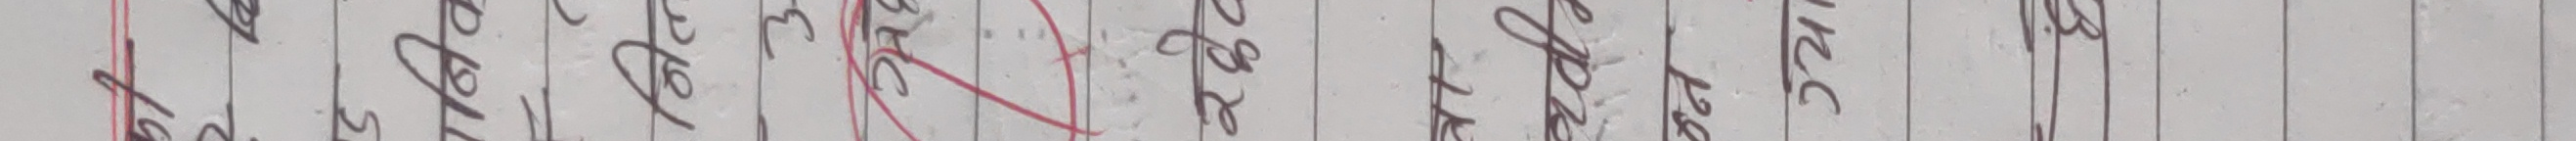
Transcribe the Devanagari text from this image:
सत्य देव १
२६३